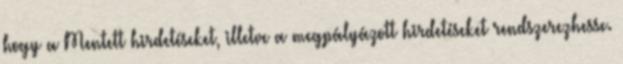
hogy a Mentett hirdetéseket, illetve a megpályázott hirdetéseket rendszerezhesse.